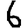
Digit: 6